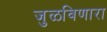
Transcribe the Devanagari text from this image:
जुळविणारा